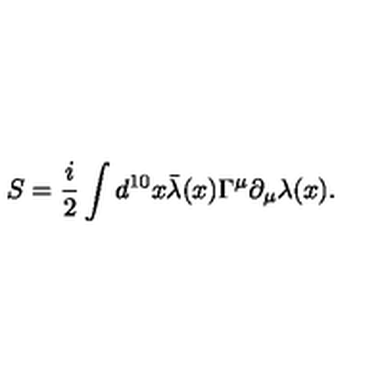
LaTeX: S = \frac { i } { 2 } \int d ^ { 1 0 } x \bar { \lambda } ( x ) \Gamma ^ { \mu } \partial _ { \mu } \lambda ( x ) .